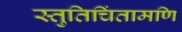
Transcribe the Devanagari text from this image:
स्तुतिचिंतामणि